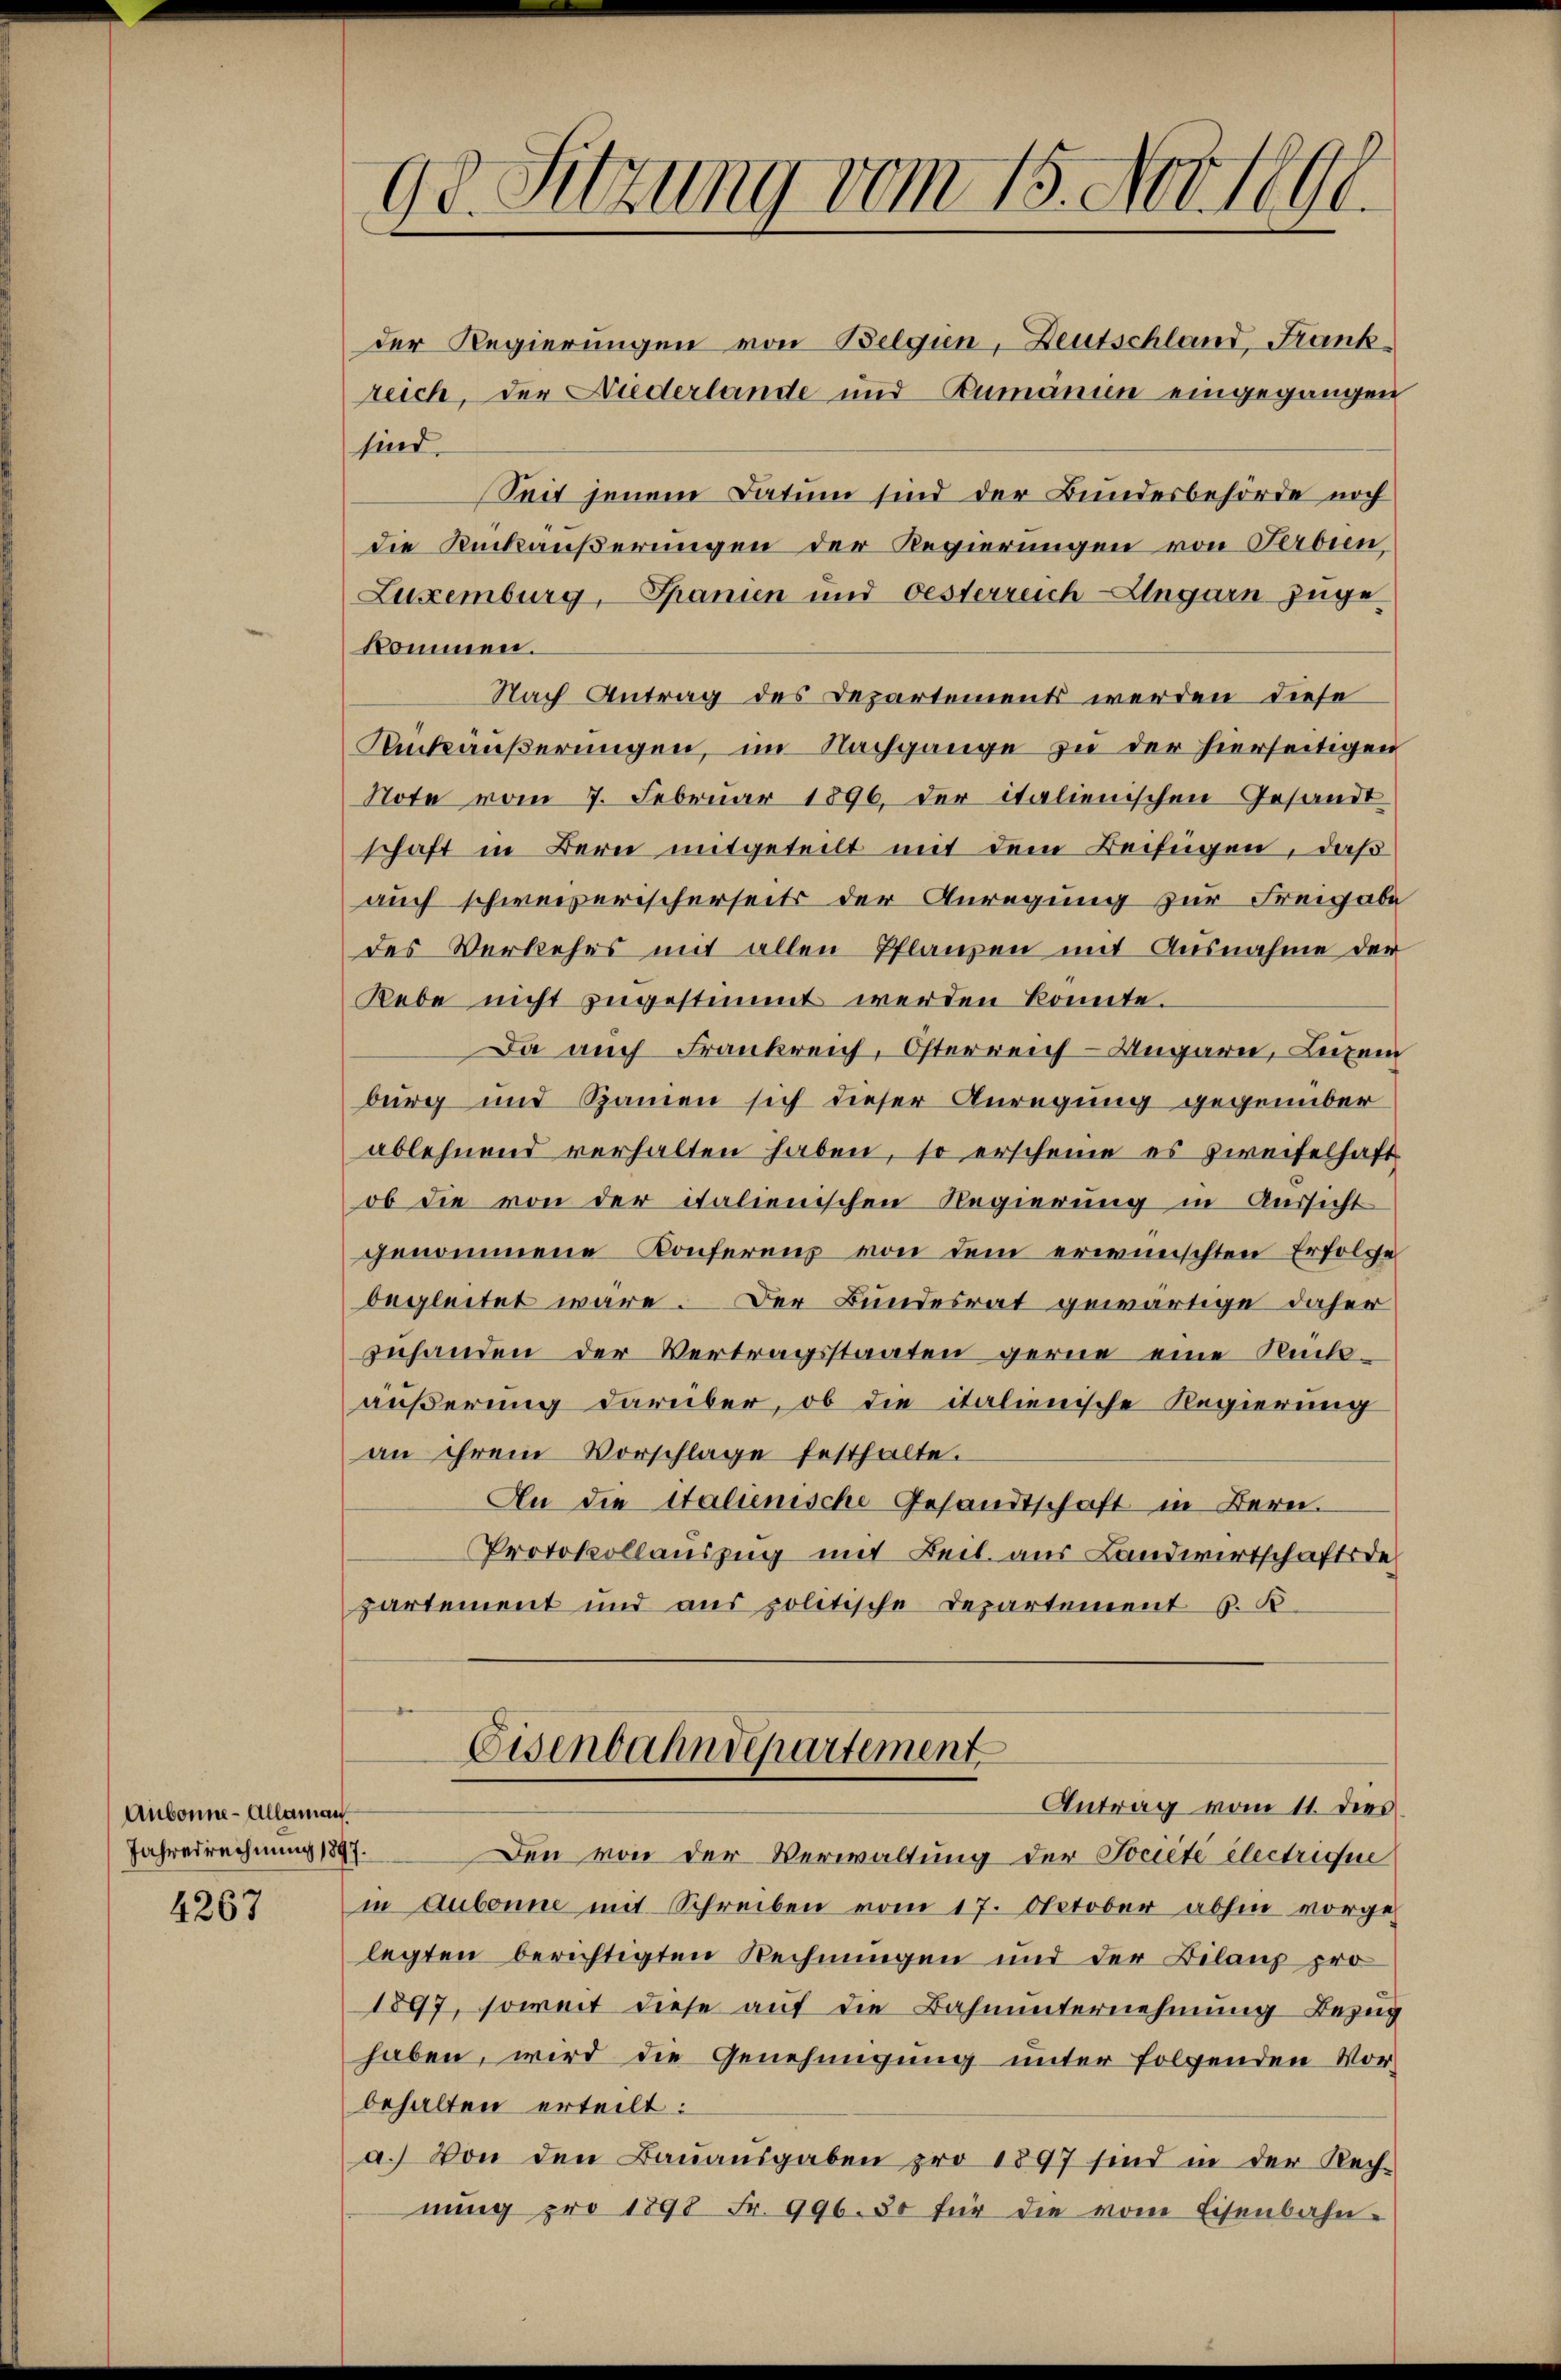
Aubonne-Allaman

4267

98. Sitzung vom 15. Nov. 1890.

der Regierungen von Belgien, Deutschland Frankreich, der Niederlande und Rumänien eingegangen
sind.
Seit jenem Datum sind der Bundesbehörde noch
die Rückäußerungen der Regierungen von Ferdin
Luxenburg, Spanien und Oesterreich-Ungarn zuge
kommen.
Nach Antrag des Departements werden diese
Mückäußerungen, im Nachgange zu der hierseitigen
Note vom 7. Februar 1896. der italienischen Gesandt
schaft in Bern mitgeteilt mit dem Beifügen, daß
auch schweizerischerseits der Anregung zur Freigabe
des Verkehrs mit allen Pflanzen mit Ausnahme der
Rebe nicht zugestimmt werden könnte.
Da auch Frankreich, Osterreich-Ungarn, Luzer
burg und Spanien sich dieser Anregung gegenüber
ablehnend verhalten haben, so erscheine es zweifelhaft
ob die von der italienischen Regierung in Aussicht
genommene Konferenz von dem erwünschten Erfolge
begleitet wäre. Der Bundesrat gewärtige daher
zuhanden der Vertragsstaaten gerne eine Rückäußerung darüber, ob die italienische Regierung
an ihrem Vorschlage festhalte.
An die italienische Gesandtschaft in Bern.
Protokollauszug mit Beil. aus Landwirtschaftsdepartement und aus politische Departement 6. B

Jahresrechnung 1847. Den von der Verwaltung der Jociete electrigue
in Aubonne mit Schreiben vom 17. October abhin vorgelegten berichtigten Rechnungen und der Bilanz pro
1897, soweit diese auf die Bahnunternehmung Bezug
haben, wird die Genehmigung unter folgenden Vor-
behalten erteilt:
a.) Von den Bauausgaben pro 1897 sind in der Rech-
nŭng pro 1898 Fr. 996. 30 für die vom Eisenbahn-

Eisenbahndepartement
Antrag vom 11. dies